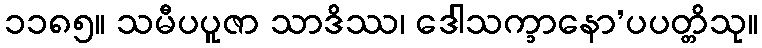
၁၁၈၅။ သမီပပူဇာ သာဒိဿ၊ ဒေါသက္ခာနော’ပပတ္တိသု။